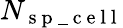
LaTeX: N_{\mathrm{~s~p~\_ ~c~e~l~l~}}